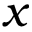
x